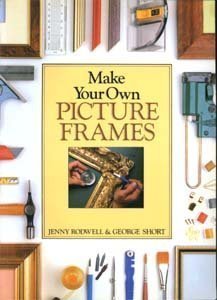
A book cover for Make Your Own Picture Frames; Jenny Rodwell; Crafts, Hobbies & Home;